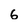
Character: 6